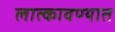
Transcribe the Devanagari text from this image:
लात्कावण्यात